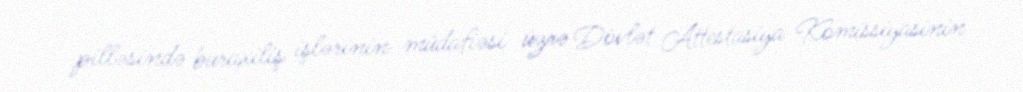
pilləsində buraxiliş işlərinin müdafiəsi üzrə Dövlət Attestasiya Komissiyasinin